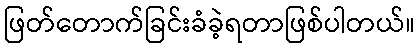
ဖြတ်တောက်ခြင်းခံခဲ့ရတာဖြစ်ပါတယ်။